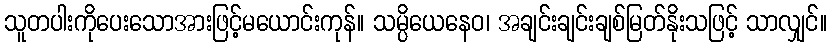
သူတပါးကိုပေးသောအားဖြင့်မယောင်းကုန်။ သမ္ပိယေနေဝ၊ အချင်းချင်းချစ်မြတ်နိုးသဖြင့် သာလျှင်။